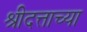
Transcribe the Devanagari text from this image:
श्रीदत्ताच्या